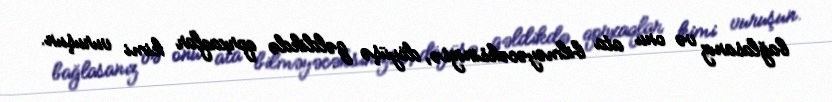
bağlasanız və onu ata bilməyəcəksinizsə, döyüşə gəldikdə qorxaqlar kimi vuruşun.